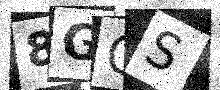
Text: 8GGS